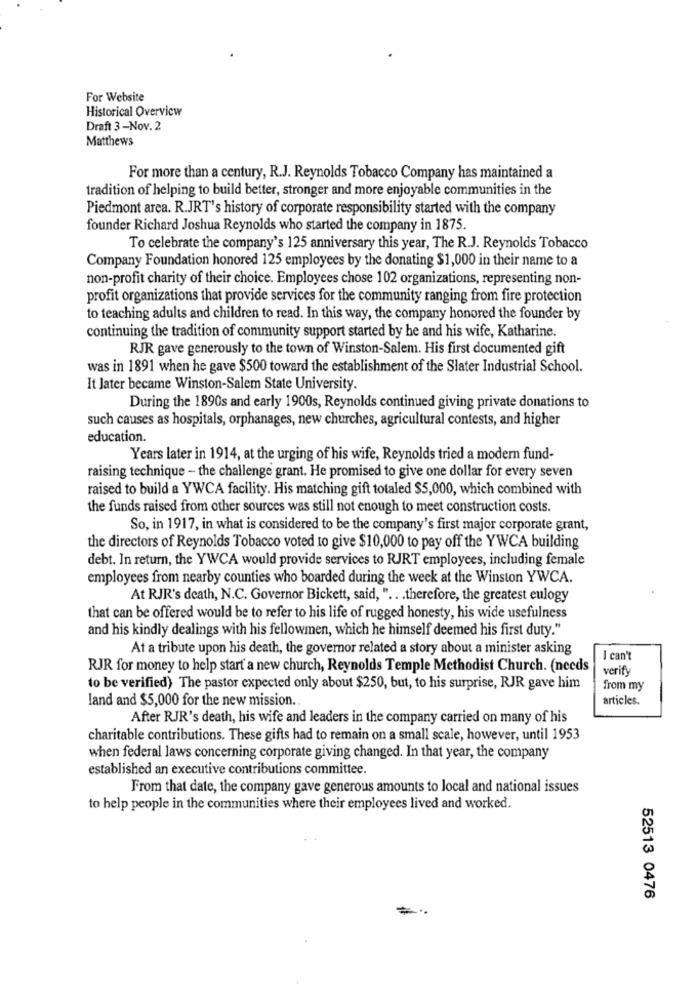
For Website
Historical Overview
Draft 3-Nov. 2
Matthews
For more than a century, R.J. Reynolds Tobacco Company has maintained a
tradition of helping to build better, stronger and more enjoyable communities in the
Piedmont area. R.JRT's history of corporate responsibility started with the company
founder Richard Joshua Reynolds who started the company in 1875.
To celebrate the company's 125 anniversary this year, The R.J. Reynolds Tobacco
Company Foundation honored 125 employees by the donating $1,000 in their name to a
non-profit charity of their choice. Employees chose 102 organizations, representing non-
profit organizations that provide services for the community ranging from fire protection
to teaching adults and children to read. In this way, the company honored the founder by
continuing the tradition of community support started by he and his wife, Katharine.
RJR gave generously to the town of Winston-Salem. His first documented gift
was in 1891 when he gave $500 toward the establishment of the Slater Industrial School.
It later became Winston-Salem State University.
During the 1890s and early 1900s, Reynolds continued giving private donations to
such causes as hospitals, orphanages, new churches, agricultural contests, and higher
education.
Years later in 1914, at the urging of his wife, Reynolds tried a modern fund-
raising technique - the challenge grant. He promised to give one dollar for every seven
raised to build a YWCA facility. His matching gift totaled $5,000, which combined with
the funds raised from other sources was still not enough to meet construction costs.
So, in 1917, in what is considered to be the company's first major corporate grant,
the directors of Reynolds Tobacco voted to give $10,000 to pay off the YWCA building
debt. In return, the YWCA would provide services to RJRT employees, including female
employees from nearby counties who boarded during the week at the Winston YWCA.
At RJR's death, N.C. Governor Bickett, said, " .. . therefore, the greatest eulogy
that can be offered would be to refer to his life of rugged honesty, his wide usefulness
and his kindly dealings with his fellowmen, which he himself deemed his first duty."
At a tribute upon his death, the governor related a story about a minister asking
I can't
RJR for money to help start a new church, Reynolds Temple Methodist Church. (needs
verify
to be verified) The pastor expected only about $250, but, to his surprise, RJR gave him
from my
land and $5,000 for the new mission ..
articles.
After RJR's death, his wife and leaders in the company carried on many of his
charitable contributions. These gifts had to remain on a small scale, however, until 1953
when federal laws concerning corporate giving changed. In that year, the company
established an executive contributions committee.
From that date, the company gave generous amounts to local and national issues
to help people in the communities where their employees lived and worked.
52513 0476